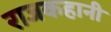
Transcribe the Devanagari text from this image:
राजकहानी